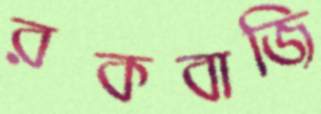
রকবাজি